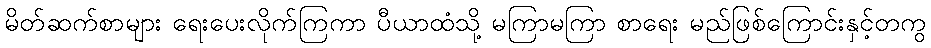
မိတ်ဆက်စာများ ရေးပေးလိုက်ကြကာ ပီယာထံသို့ မကြာမကြာ စာရေး မည်ဖြစ်ကြောင်းနှင့်တကွ